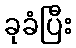
ခုခံပြီး